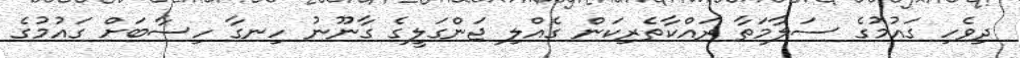
ދިވެހި ގައުމުގެ ސަލާމަތާ ރައްކާތެރިކަން ގެއްލި ޖަންގަލީގެ ގާނޫނު ހިނގާ ހިސާބަށް ގައުމުގެ